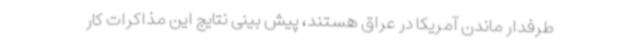
طرفدار ماندن آمریکا در عراق هستند، پیش بینی نتایج این مذاکرات کار